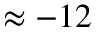
\approx - 1 2